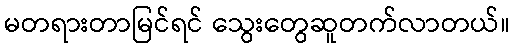
မတရားတာမြင်ရင် သွေးတွေဆူတက်လာတယ်။